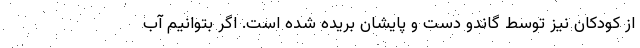
از کودکان نیز توسط گاندو دست و پایشان بریده شده است. اگر بتوانیم آب